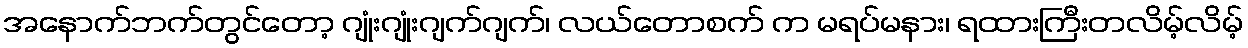
အနောက်ဘက်တွင်တော့ ဂျုံးဂျုံးဂျက်ဂျက်၊ လယ်တောစက် က မရပ်မနား၊ ရထားကြီးတလိမ့်လိမ့်